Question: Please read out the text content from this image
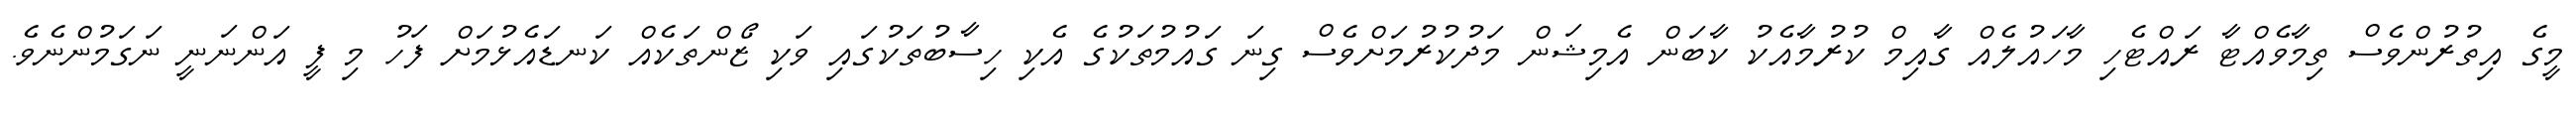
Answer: މީގެ އިތުރުންވެސް ތިމާވެއްޓާ ރައްޓެހި މާހައުލެއް ގާއިމް ކުރުމާއެކު ކާބަން އެމިޝަން މަދުކުރުމަށްވެސް ގިނަ ގައުމުތަކުގެ އެކި ހިސާބުތަކުގައި ވަކި ޒޯންތަކެއް ކަނޑައެޅުމަށް ފަހު މި ފީ އަންނަނީ ނަގަމުންނެވެ.